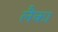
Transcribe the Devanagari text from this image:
लैका